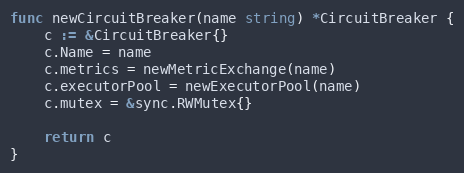
Language: Go
func newCircuitBreaker(name string) *CircuitBreaker {
	c := &CircuitBreaker{}
	c.Name = name
	c.metrics = newMetricExchange(name)
	c.executorPool = newExecutorPool(name)
	c.mutex = &sync.RWMutex{}

	return c
}